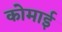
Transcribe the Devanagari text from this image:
कोमाई